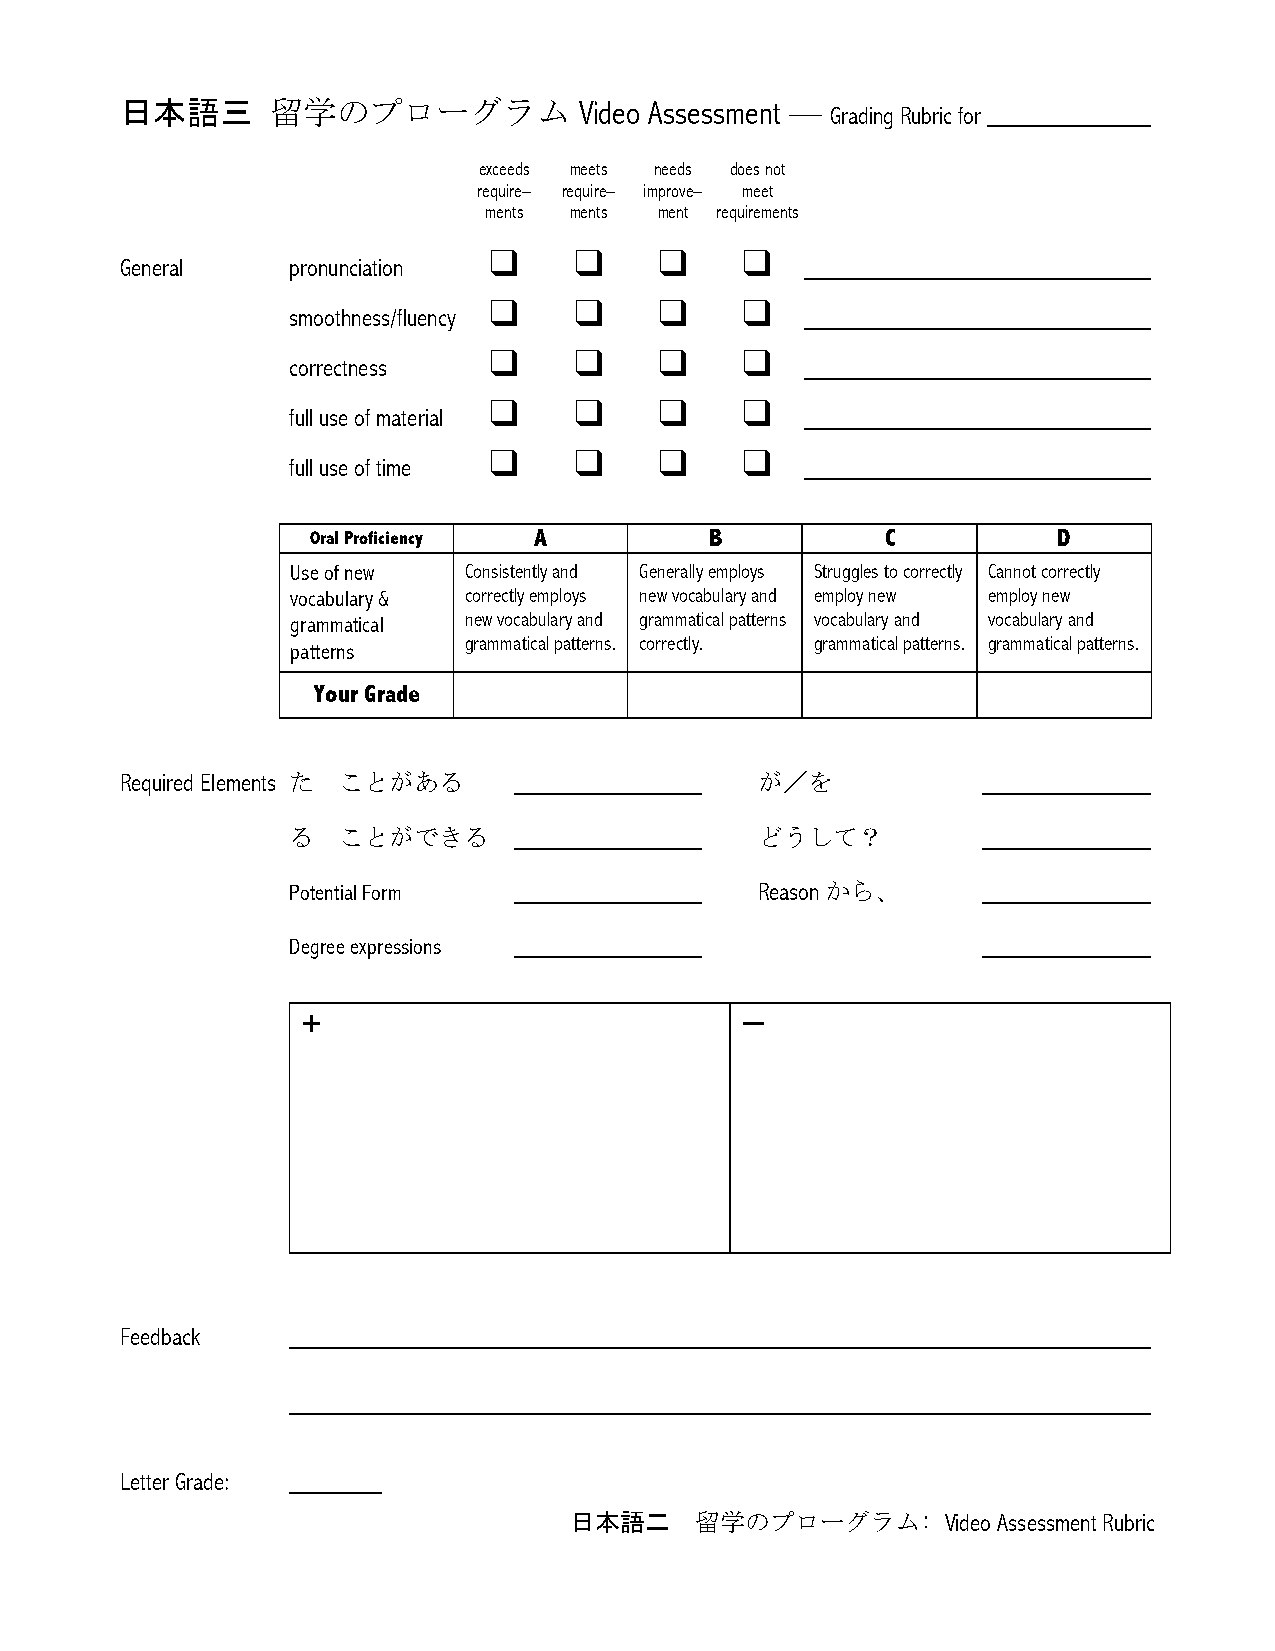
日本語三      留学のプローグラム           Video Assessment — Grading Rubric for
 exceeds meets needs does not
 require– require– improve– meet
 ments ments ment requirements
 ❑     ❑     ❑    ❑
 General    pronunciation
 ❑     ❑     ❑    ❑
 smoothness/fluency
 ❑     ❑     ❑    ❑
 correctness
 ❑     ❑     ❑    ❑
 full use of material
 ❑     ❑     ❑    ❑
 full use of time
 Oral Proficiency A         B           C          D
 Use of new  Consistently and Generally employs Struggles to correctly Cannot correctly
 vocabulary & correctly employs new vocabulary and employ new employ new
 grammatical new vocabulary and grammatical patterns vocabulary and vocabulary and
 grammatical patterns. correctly. grammatical patterns. grammatical patterns.
 patterns
 Your Grade
 Required Elements た ことがある                 が／を
 る  ことができる                      どうして？
 Potential Form                 Reason から、
 Degree expressions
 +                            –
 Feedback
 Letter Grade:
 日本語二    留学のプローグラム:       Video Assessment Rubric